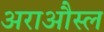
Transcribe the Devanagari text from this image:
अराऔस्ल